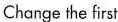
Change the first